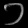
Digit: ၁